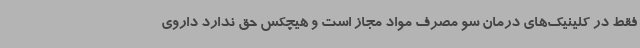
فقط در کلینیک‌های درمان سو مصرف مواد مجاز است و هیچکس حق ندارد داروی